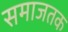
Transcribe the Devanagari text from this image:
समाजतक